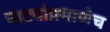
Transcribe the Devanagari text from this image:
नाट्यांप्रमाणेच